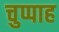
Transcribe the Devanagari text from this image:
चुप्पाह